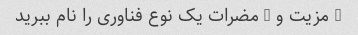
3 مزیت و 3 مضرات یک نوع فناوری را نام ببرید